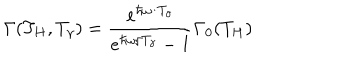
LaTeX: \Gamma ( T _ { H } , T _ { \gamma } ) = { \frac { e ^ { \hbar \omega / T _ { \gamma } } } { e ^ { \hbar \omega / T _ { \gamma } } - 1 } } \Gamma _ { 0 } ( T _ { H } )